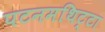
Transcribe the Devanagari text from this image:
पटनमथिट्टा